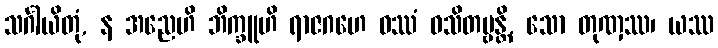
သင်္ဂါယိတုံ, န အညေဟိ ဘိက္ခူဟိ ရာဇဂဟေ ဝဿံ ဝသိတဗ္ဗန္တိ, သော တုဏှဿ၊ ယဿ